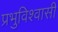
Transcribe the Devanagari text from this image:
प्रभुविश्वासी